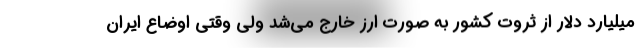
میلیارد دلار از ثروت کشور به صورت ارز خارج می‌شد ولی وقتی اوضاع ایران